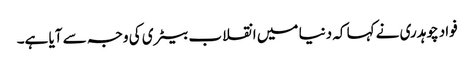
فواد چوہدری نے کہا کہ دنیا میں انقلاب بیٹری کی وجہ سے آیا ہے۔